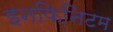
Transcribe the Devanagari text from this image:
इनफिनिटम